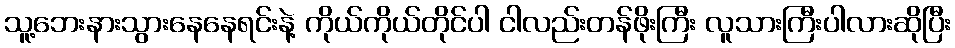
သူ့ဘေးနားသွားနေနေရင်းနဲ့ ကိုယ်ကိုယ်တိုင်ပါ ငါလည်းတန်ဖိုးကြီး လူသားကြီးပါလားဆိုပြီး